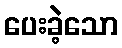
ပေးခဲ့သော